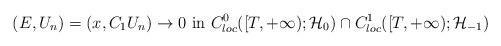
LaTeX: \begin{align*}(E, U_n) =(x, C_1U_n) \rightarrow 0 \hbox{ in } C^0_{loc}([T,+\infty); \mathcal H_{0})\cap C^1_{loc}([T,+\infty); \mathcal H_{-1}) \end{align*}